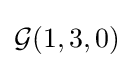
{\mathcal {G}}(1,3,0)